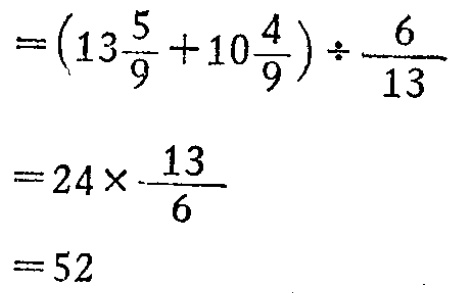
\[

\begin{align*}

&=(13\frac{5}{9}+10\frac{4}{9})\div\frac{6}{13}\\

&=24\times\frac{13}{6}\\

&=52

\end{align*}

\]